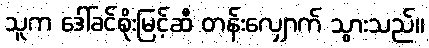
သူက ဒေါ်ခင်စိုးမြင့်ဆီ တန်းလျှောက် သွားသည်။